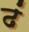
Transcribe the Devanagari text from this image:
ढं